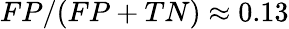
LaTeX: FP/(FP+TN)\approx{}0.13